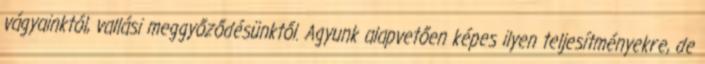
vágyainktól, vallási meggyőződésünktől. Agyunk alapvetően képes ilyen teljesítményekre, de